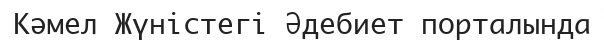
Кәмел Жүністегі Әдебиет порталында